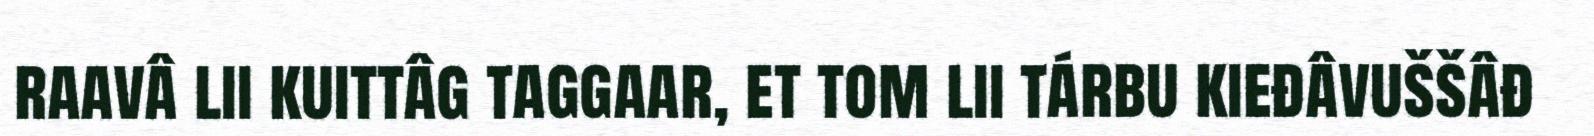
raavâ lii kuittâg taggaar, et tom lii tárbu kieđâvuššâđ